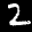
Label: 2